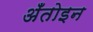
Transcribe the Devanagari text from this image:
अँतोइन